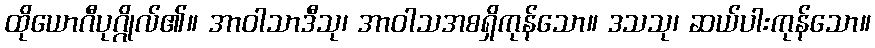
ထိုယောဂီပုဂ္ဂိုလ်၏။ အာဝါသာဒီသု၊ အာဝါသအစရှိကုန်သော။ ဒသသု၊ ဆယ်ပါးကုန်သော။